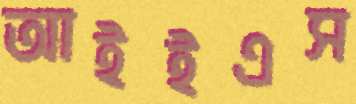
আইইএস